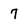
Character: 7